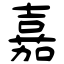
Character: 嘉